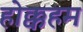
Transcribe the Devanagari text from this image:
होक्कहम